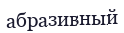
абразивный